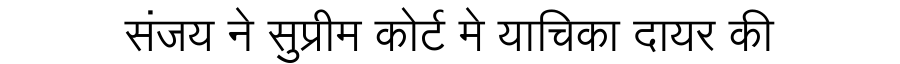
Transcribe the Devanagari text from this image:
संजय ने सुप्रीम कोर्ट मे याचिका दायर की